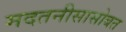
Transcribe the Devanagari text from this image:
मदतनीसासोबत